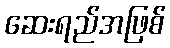
ဆေးရည်အဖြစ်